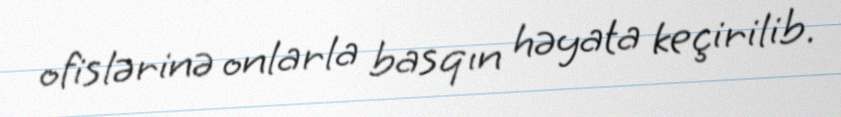
ofislərinə onlarla basqın həyata keçirilib.